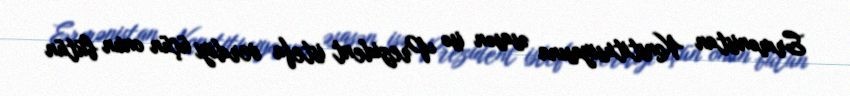
Ermənistan Konstitusiyasına əsasən isə Prezident istefa verdiyi üçün onun bütün